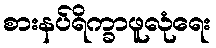
စားနပ်ရိက္ခာဖူလုံရေး